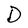
Character: D